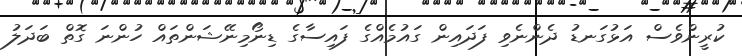
ކުރީންވެސް އަޅުގަނޑު ދެންނެވި ފަދައިން ގައުމެއްގެ ފައިސާގެ ޑިނޯމިނޭޝަންތައް ހުންނަ ގޮތް ބަދަލު